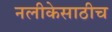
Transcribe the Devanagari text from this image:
नलीकेसाठीच